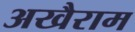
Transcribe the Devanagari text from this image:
अखैराम